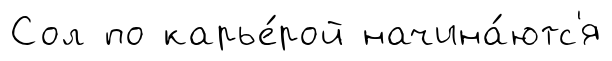
Сол по карье́рой начина́ютс'я